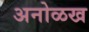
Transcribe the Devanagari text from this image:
अनोळख